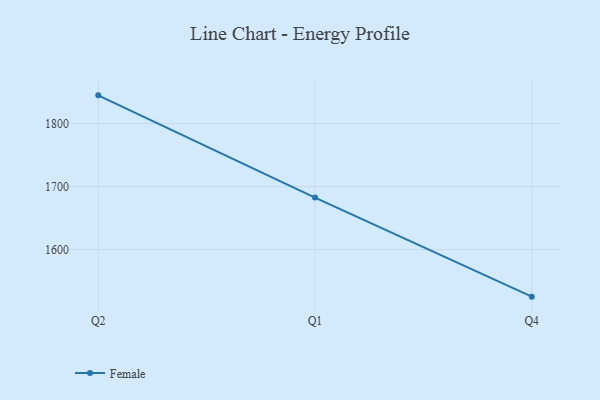
{"axis": {"x": "Quarter", "y": "Conversion Rate (%)"}, "legend": ["Female"], "data": [{"x": "Q2", "y": 1844.7, "type": "Female"}, {"x": "Q1", "y": 1682.4, "type": "Female"}, {"x": "Q4", "y": 1525.2, "type": "Female"}]}